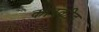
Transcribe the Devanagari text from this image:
कारकीद